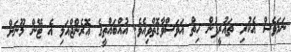
ނަމަވެސް އެކުރި ތައުރީފުން ހިތް އަވަސްވާގޮތްވިއެވެ. އުއްބައްތީގެ އޮރެންޖްއަލި އެ ޓޭން މޫނަށް